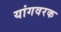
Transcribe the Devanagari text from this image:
यांगवरक